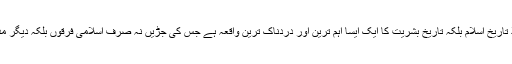
ولایت پورٹل:واقعہ کربلا تاریخ اسلام بلکہ تاریخ بشریت کا ایک ایسا اہم ترین اور دردناک ترین واقعہ ہے جس کی جڑیں نہ صرف اسلامی فرقوں بلکہ دیگر مذاہب میں بھی پیوست ہیں۔